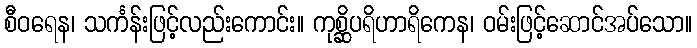
စီဝရေန၊ သင်္ကန်းဖြင့်လည်းကောင်း။ ကုစ္ဆိပရိဟာရိကေန၊ ဝမ်းဖြင့်ဆောင်အပ်သော။